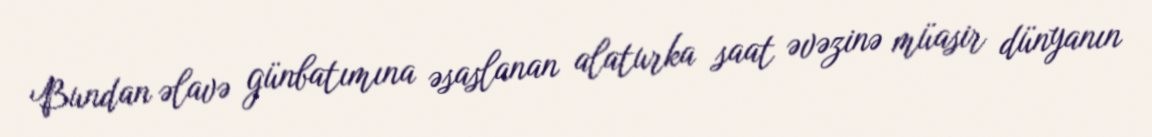
Bundan əlavə günbatımına əsaslanan alaturka saat əvəzinə müasir dünyanın